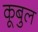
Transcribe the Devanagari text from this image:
कूबुल